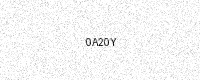
Text: 0A20Y